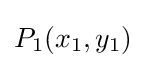
P_{1}(x_{1},y_{1})